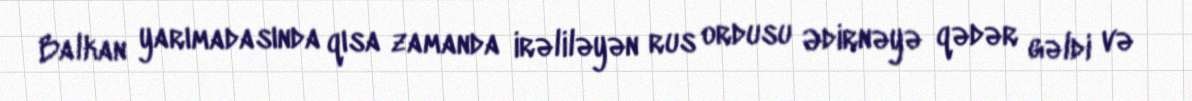
Balkan yarımadasında qısa zamanda irəliləyən rus ordusu Ədirnəyə qədər gəldi və